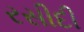
રસીદી